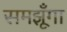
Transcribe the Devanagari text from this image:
समझूँगा